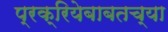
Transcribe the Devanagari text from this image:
प्रक्रियेबाबतच्या